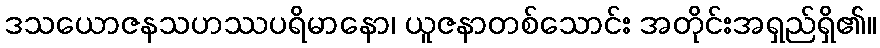
ဒသယောဇနသဟဿပရိမာနော၊ ယူဇနာတစ်သောင်း အတိုင်းအရှည်ရှိ၏။